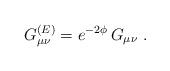
LaTeX: \begin{align*}G_{\mu \nu}^{(E)} = e^{-2\phi}\, G_{\mu \nu} \ .\end{align*}